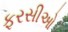
ફરસીઓ